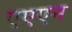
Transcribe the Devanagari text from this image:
एएएन